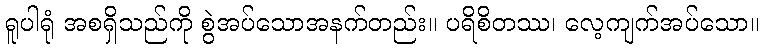
ရူပါရုံ အစရှိသည်ကို စွဲအပ်သောအနက်တည်း။ ပရိစိတဿ၊ လေ့ကျက်အပ်သော။